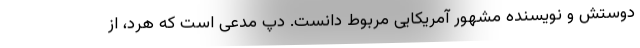
دوستش و نویسنده مشهور آمریکایی مربوط دانست. دپ مدعی است که هرد، از